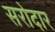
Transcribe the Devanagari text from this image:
सरोदार